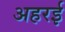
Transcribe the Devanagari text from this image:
अहरई